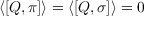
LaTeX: \langle [ Q , \pi ] \rangle = \langle [ Q , \sigma ] \rangle = 0